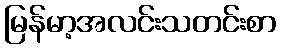
မြန်မာ့အလင်းသတင်းစာ